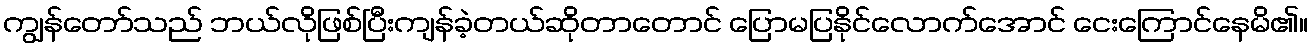
ကျွန်တော်သည် ဘယ်လိုဖြစ်ပြီးကျန်ခဲ့တယ်ဆိုတာတောင် ပြောမပြနိုင်လောက်အောင် ငေးကြောင်နေမိ၏။